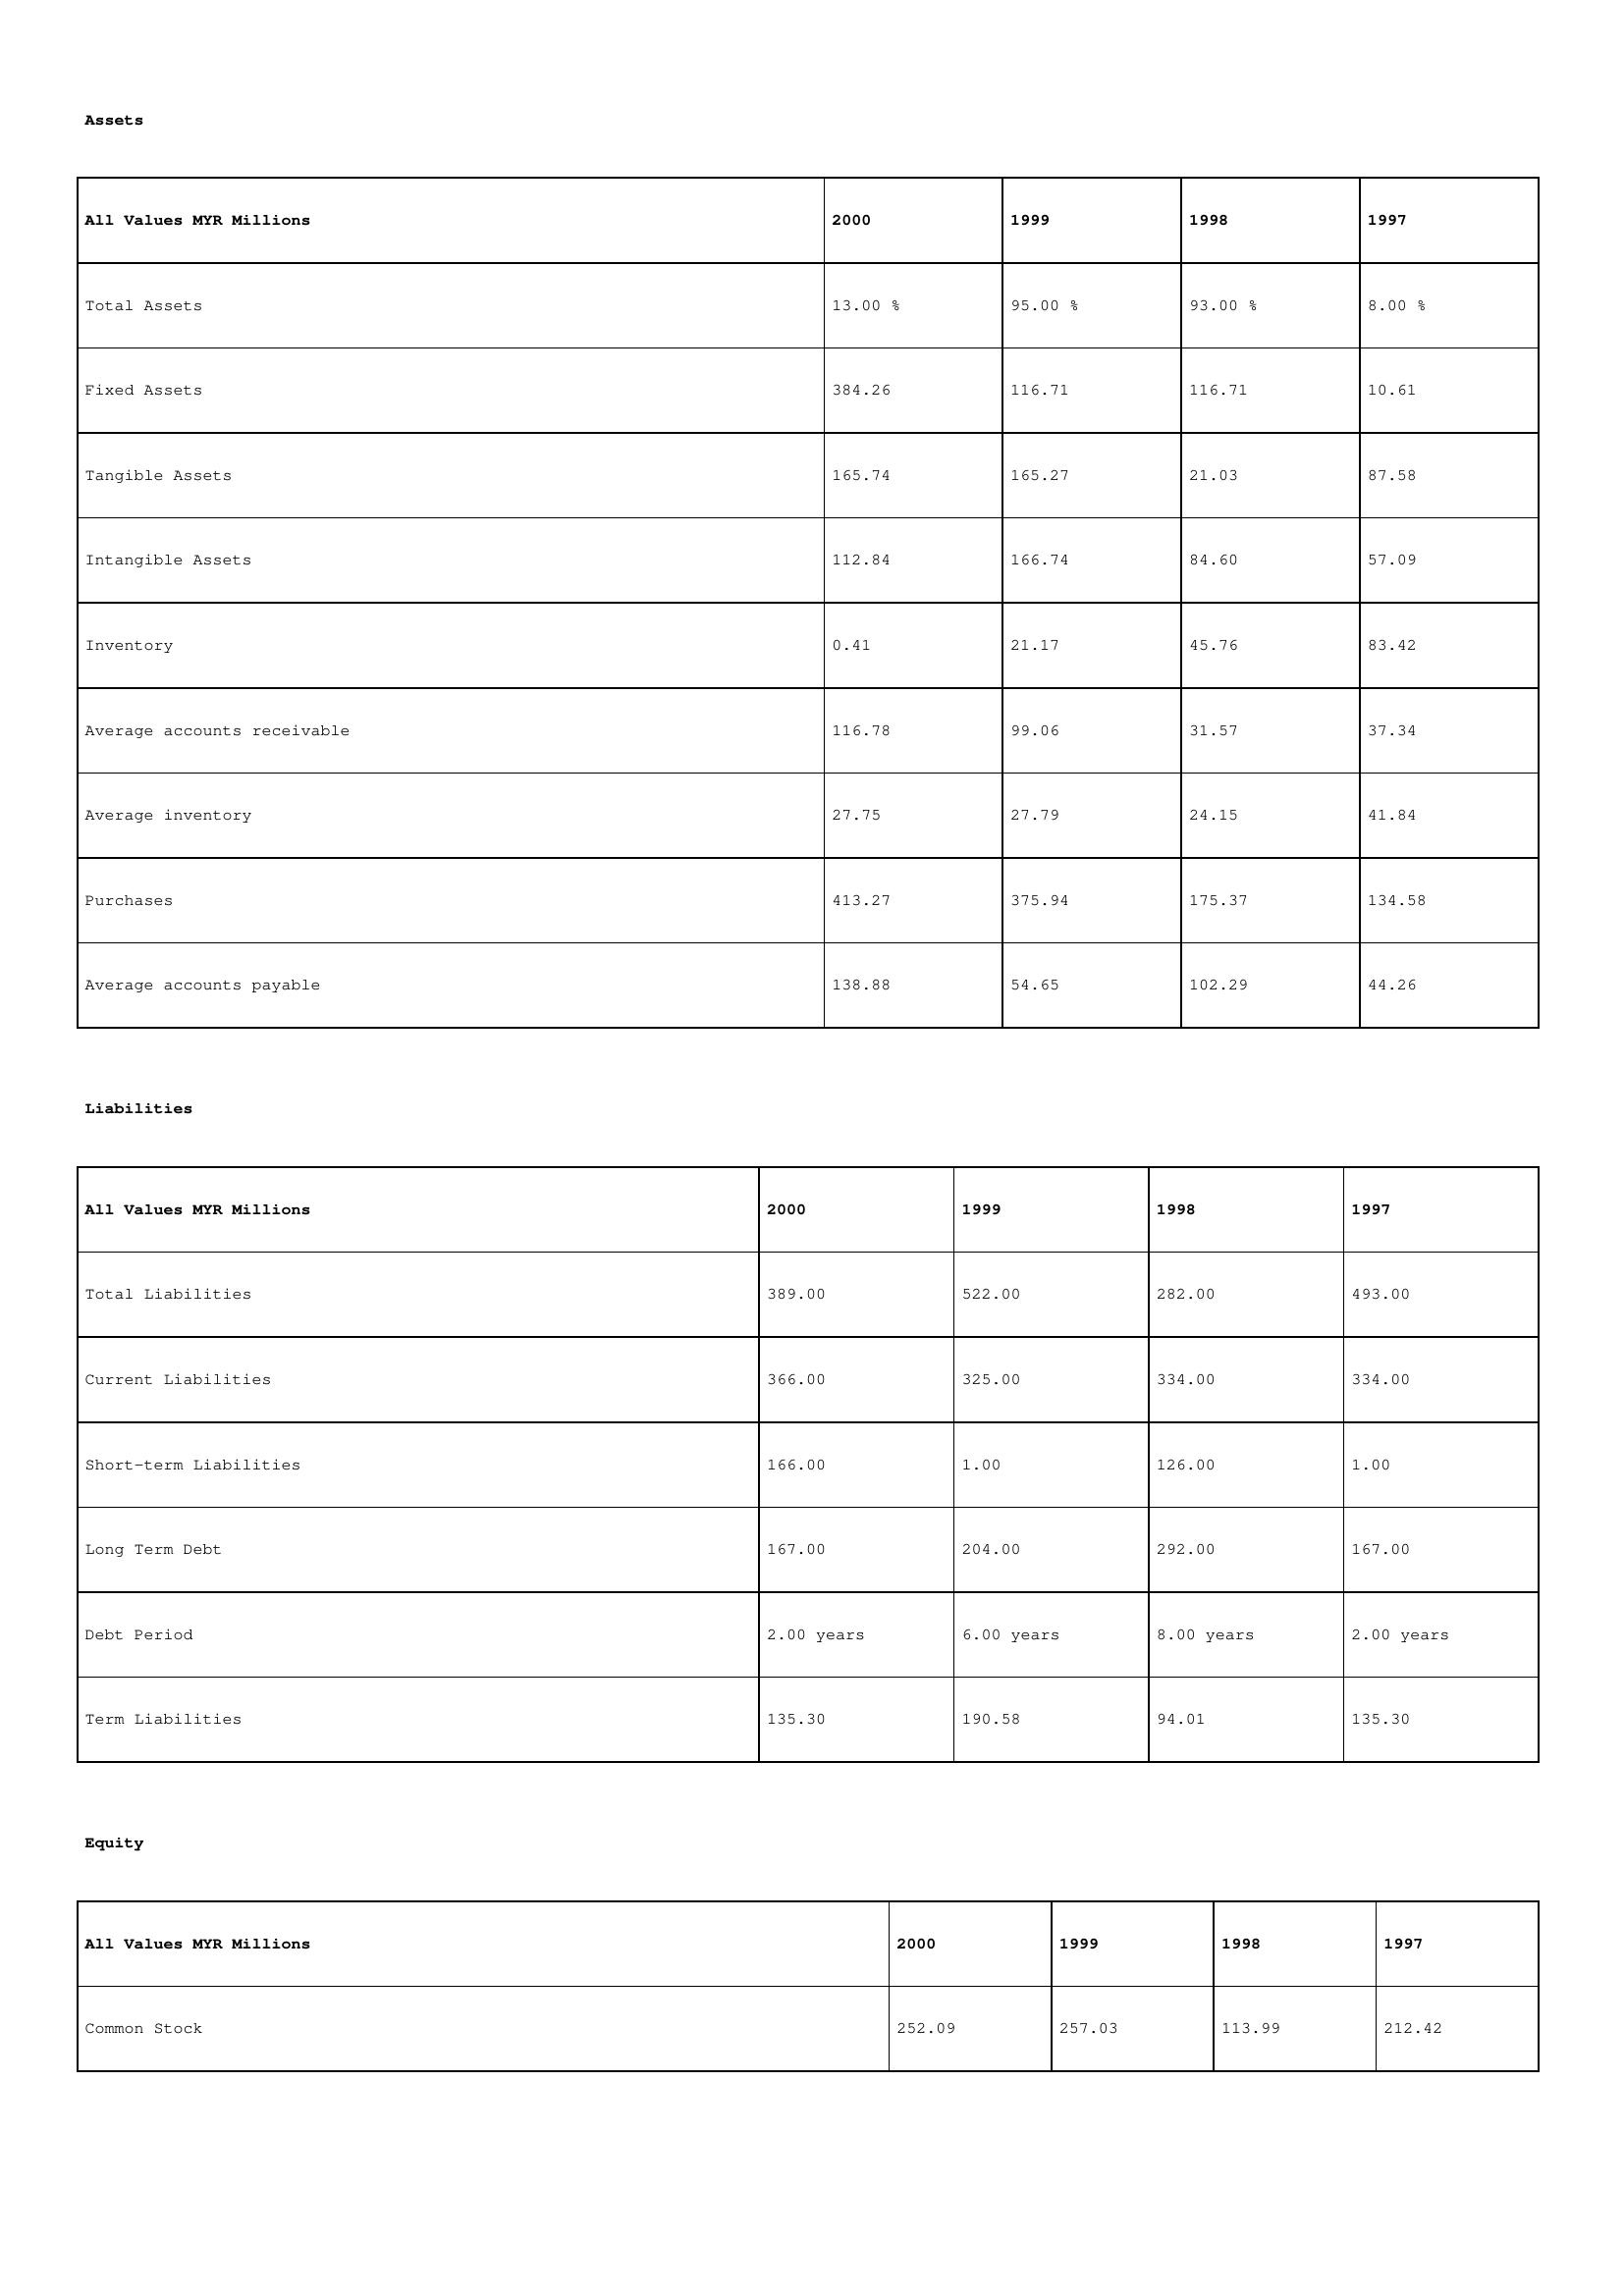
gt_parse: 2000: Assets: Total Assets: 13.00 %
Fixed Assets: 384.26
Tangible Assets: 165.74
Intangible Assets: 112.84
Inventory: 0.41
Average accounts receivable: 116.78
Average inventory: 27.75
Purchases: 413.27
Average accounts payable: 138.88
Liabilities: Total Liabilities: 389.00
Current Liabilities: 366.00
Short-term Liabilities: 166.00
Long Term Debt: 167.00
Debt Period: 2.00 years
Term Liabilities: 135.30
Equity: Common Stock: 252.09
1999: Assets: Total Assets: 95.00 %
Fixed Assets: 116.71
Tangible Assets: 165.27
Intangible Assets: 166.74
Inventory: 21.17
Average accounts receivable: 99.06
Average inventory: 27.79
Purchases: 375.94
Average accounts payable: 54.65
Liabilities: Total Liabilities: 522.00
Current Liabilities: 325.00
Short-term Liabilities: 1.00
Long Term Debt: 204.00
Debt Period: 6.00 years
Term Liabilities: 190.58
Equity: Common Stock: 257.03
1998: Assets: Total Assets: 93.00 %
Fixed Assets: 116.71
Tangible Assets: 21.03
Intangible Assets: 84.60
Inventory: 45.76
Average accounts receivable: 31.57
Average inventory: 24.15
Purchases: 175.37
Average accounts payable: 102.29
Liabilities: Total Liabilities: 282.00
Current Liabilities: 334.00
Short-term Liabilities: 126.00
Long Term Debt: 292.00
Debt Period: 8.00 years
Term Liabilities: 94.01
Equity: Common Stock: 113.99
1997: Assets: Total Assets: 8.00 %
Fixed Assets: 10.61
Tangible Assets: 87.58
Intangible Assets: 57.09
Inventory: 83.42
Average accounts receivable: 37.34
Average inventory: 41.84
Purchases: 134.58
Average accounts payable: 44.26
Liabilities: Total Liabilities: 493.00
Current Liabilities: 334.00
Short-term Liabilities: 1.00
Long Term Debt: 167.00
Debt Period: 2.00 years
Term Liabilities: 135.30
Equity: Common Stock: 212.42